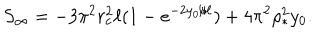
S _ { \infty } = - 3 \pi ^ { 2 } r _ { c } ^ { 2 } \ell ( 1 - e ^ { - 2 y _ { 0 } / \ell } ) + 4 \pi ^ { 2 } \rho _ { * } ^ { 2 } y _ { 0 } .